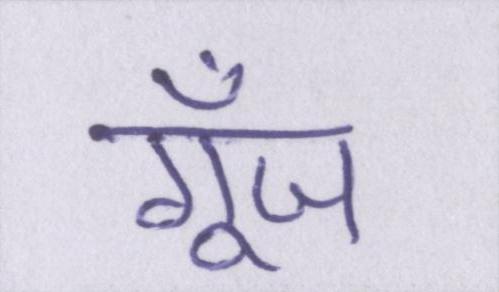
गूँज